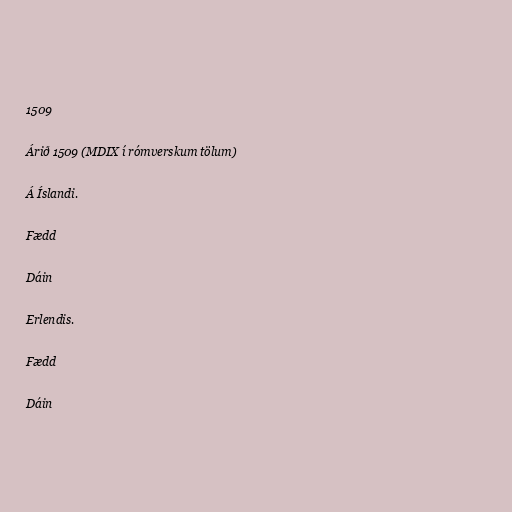
1509

Árið 1509 (MDIX í rómverskum tölum)

Á Íslandi.

Fædd

Dáin

Erlendis.

Fædd

Dáin